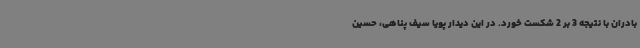
بادران با نتیجه 3 بر 2 شکست خورد. در این دیدار پویا سیف‌ پناهی، حسین